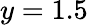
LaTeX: y=1.5